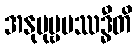
အနုပုဗ္ဗပဿဒ္ဓီတိ